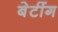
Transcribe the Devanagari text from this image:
बेटींग